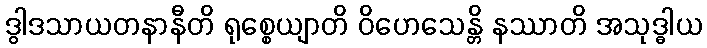
ဒွါဒသာယတနာနီတိ ရုစ္စေယျာတိ ဝိဟေသေန္တိ နဿာတိ အသုဒ္ဓါယ